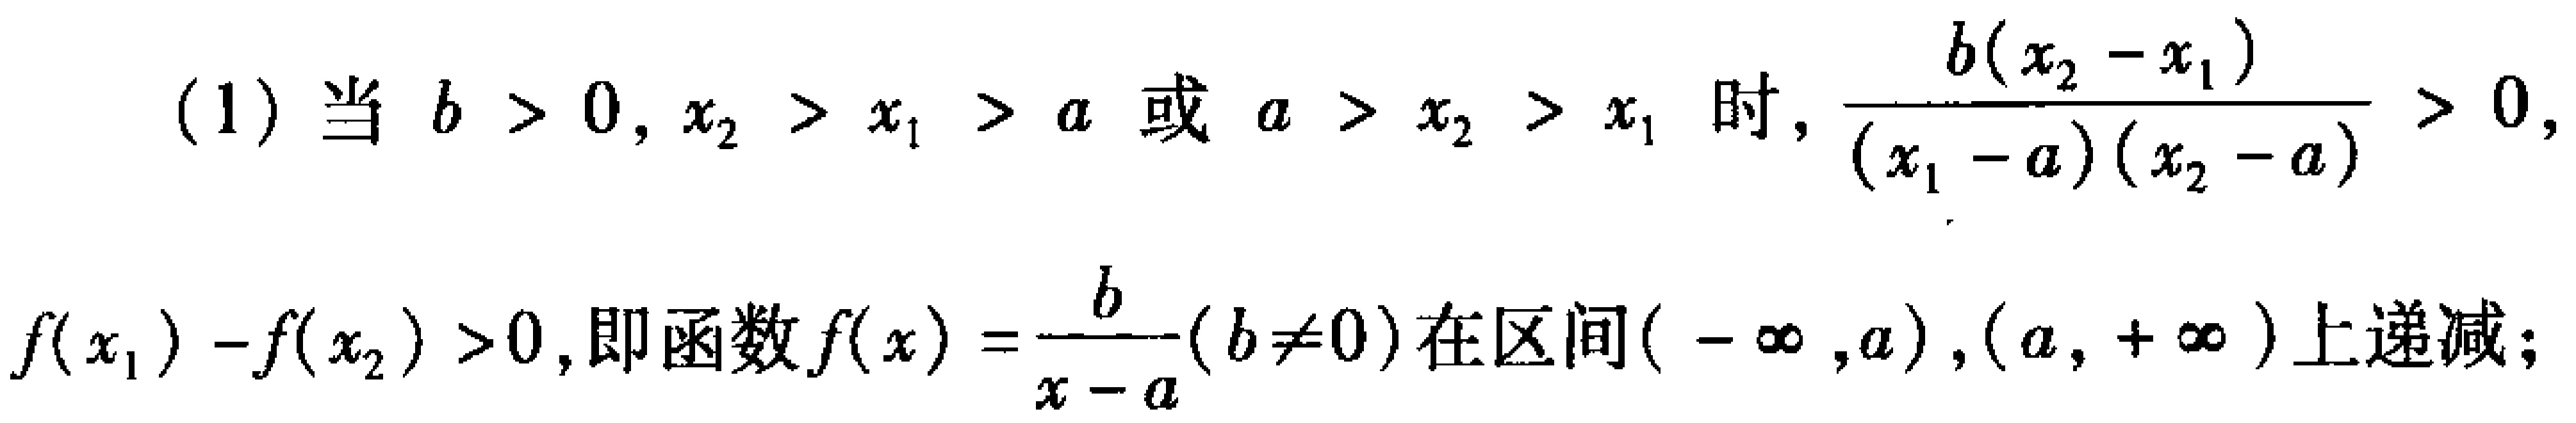
(1) 当 \(b > 0, x_{2} > x_{1} > a\) 或 \(a > x_{2} > x_{1}\) 时, \(\frac{b(x_{2}-x_{1})}{(x_{1}-a)(x_{2}-a)}>0,\)

\(f(x_{1}) - f(x_{2})>0\), 即函数 \(f(x)=\frac{b}{x - a}(b\neq0)\) 在区间 \((-\infty,a),(a,+\infty)\) 上递减;